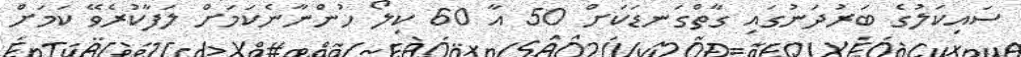
ސައިކަލުގެ ބަރުދަނުގައި ގާތްގަނޑަކަށް 50 އާ 60 ކިލޯ ހުންނާނެކަމަށް ލަފާކުރެވޭ ކަމަށް